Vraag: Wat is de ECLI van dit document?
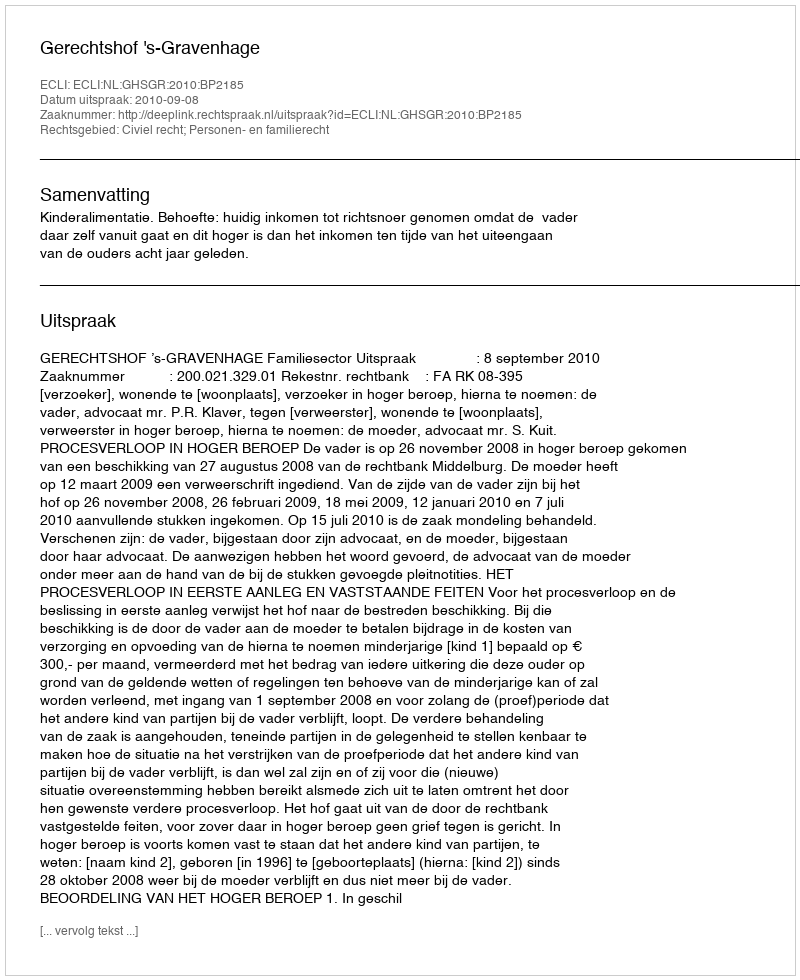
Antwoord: ECLI:NL:GHSGR:2010:BP2185